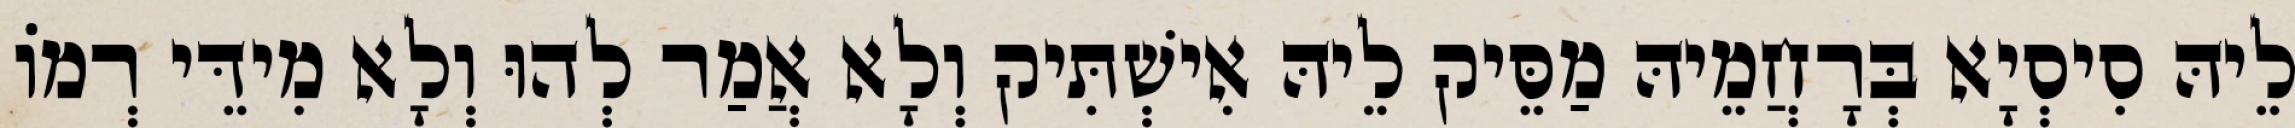
לֵיהּ סִיסְיָא בְּרָחֲמֵיהּ מַסֵּיק לֵיהּ אִישְׁתִּיק וְלָא אֲמַר לְהוּ וְלָא מִידֵּי רְמוֹ